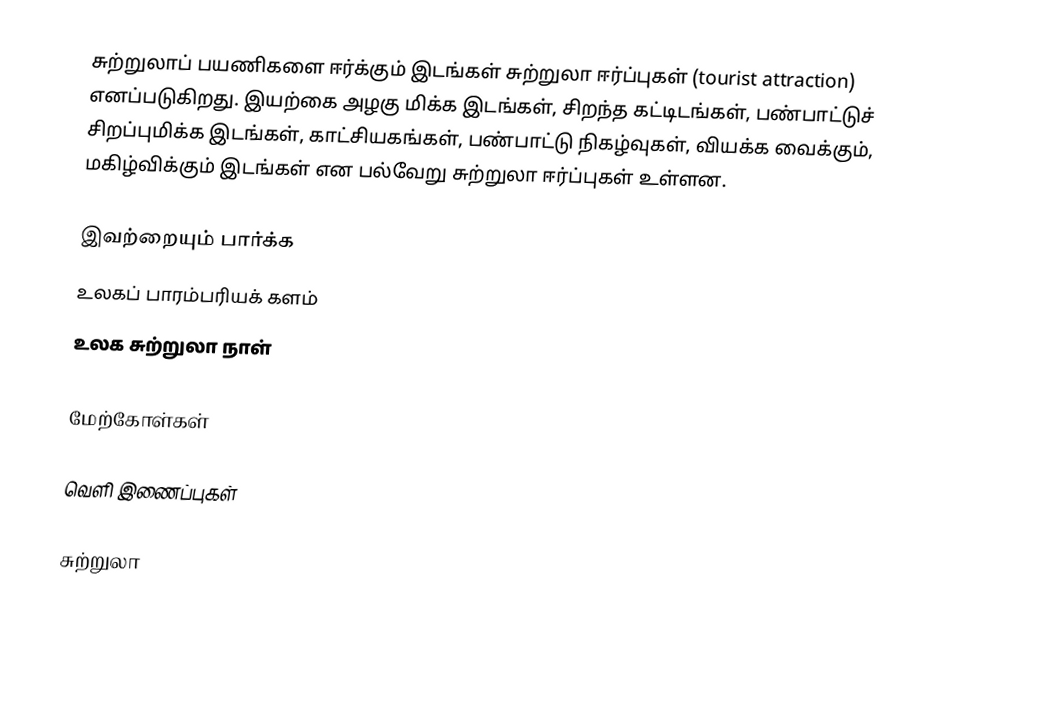
சுற்றுலாப் பயணிகளை ஈர்க்கும் இடங்கள் சுற்றுலா ஈர்ப்புகள் (tourist attraction) எனப்படுகிறது. இயற்கை அழகு மிக்க இடங்கள், சிறந்த கட்டிடங்கள், பண்பாட்டுச் சிறப்புமிக்க இடங்கள், காட்சியகங்கள், பண்பாட்டு நிகழ்வுகள், வியக்க வைக்கும், மகிழ்விக்கும் இடங்கள் என பல்வேறு சுற்றுலா ஈர்ப்புகள் உள்ளன.

இவற்றையும் பார்க்க
 உலகப் பாரம்பரியக் களம்
 உலக சுற்றுலா நாள்

மேற்கோள்கள்

வெளி இணைப்புகள்

சுற்றுலா